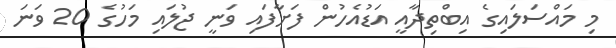
މި މައްސަލައިގެ އިބްތިދާއީ އަޑުއެހުން ފަށާފައި ވަނީ ޖުލައި މަހުގެ 20 ވަނަ